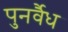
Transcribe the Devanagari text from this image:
पुनर्वैध